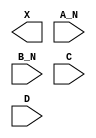
module sky130_fd_sc_lp__and4bb (
    X  ,
    A_N,
    B_N,
    C  ,
    D
);

    output X  ;
    input  A_N;
    input  B_N;
    input  C  ;
    input  D  ;

    // Voltage supply signals
    supply1 VPWR;
    supply0 VGND;
    supply1 VPB ;
    supply0 VNB ;

endmodule